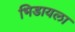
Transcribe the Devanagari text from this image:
भिडायला